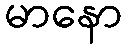
မာနော